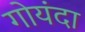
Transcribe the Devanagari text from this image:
गोयंदा